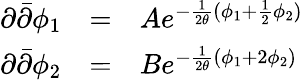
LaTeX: \begin{array}{lcl}{{\partial{\bar{\partial}}\phi_{1}}}&{{=}}&{{Ae^{-\frac{1}{2\theta}(\phi_{1}+\frac{1}{2}\phi_{2})}}}\\ {{\partial{\bar{\partial}}\phi_{2}}}&{{=}}&{{Be^{-\frac{1}{2\theta}(\phi_{1}+2\phi_{2})}}}\end{array}